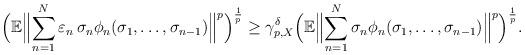
LaTeX: \begin{align*} \Bigl(\mathbb E \Bigl\| \sum^N_{n=1} \varepsilon_n \,\sigma_n \phi_{n}(\sigma_1,\ldots,\sigma_{n-1})\Bigr\|^p\Bigr)^{\frac 1p}\geq \gamma_{p,X}^{\delta}\Bigl(\mathbb E \Bigl\| \sum^N_{n=1} \sigma_n \phi_{n}(\sigma_1,\ldots,\sigma_{n-1})\Bigr\|^p\Bigr)^{\frac 1p}.\end{align*}